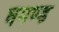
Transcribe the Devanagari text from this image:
घमण्‍ड